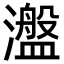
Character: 瀊